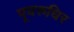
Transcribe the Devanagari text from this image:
पूयरुधिर